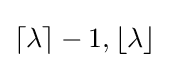
\left\lceil \lambda \right\rceil -1,\left\lfloor \lambda \right\rfloor